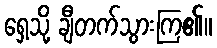
ရှေ့သို့ ချီတက်သွားကြ၏။